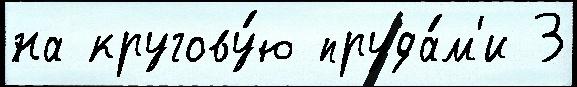
на кругову́ю пруда́м'и 3